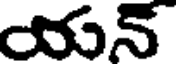
యన్